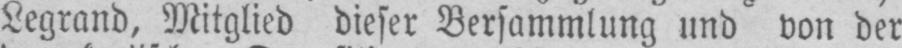
Legrand, Mitglied dieser Versammlung und von der